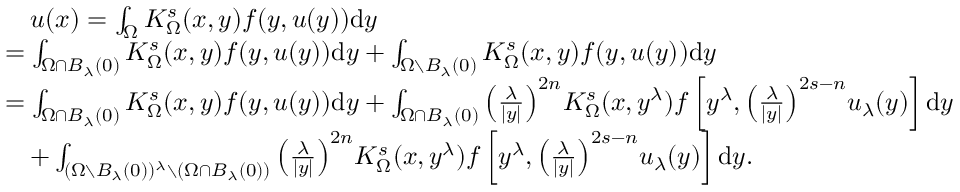
\begin{array} { r l } & { \quad u ( x ) = \int _ { \Omega } K _ { \Omega } ^ { s } ( x , y ) f ( y , u ( y ) ) \mathrm d y } \\ & { = \int _ { \Omega \cap B _ { \lambda } ( 0 ) } K _ { \Omega } ^ { s } ( x , y ) f ( y , u ( y ) ) \mathrm { d } y + \int _ { \Omega \setminus B _ { \lambda } ( 0 ) } K _ { \Omega } ^ { s } ( x , y ) f ( y , u ( y ) ) \mathrm d y } \\ & { = \int _ { \Omega \cap B _ { \lambda } ( 0 ) } K _ { \Omega } ^ { s } ( x , y ) f ( y , u ( y ) ) \mathrm d y + \int _ { \Omega \cap B _ { \lambda } ( 0 ) } { \left( \frac { \lambda } { | y | } \right) } ^ { 2 n } K _ { \Omega } ^ { s } ( x , y ^ { \lambda } ) f \left[ y ^ { \lambda } , { \left( \frac { \lambda } { | y | } \right) } ^ { 2 s - n } u _ { \lambda } ( y ) \right] \mathrm d y } \\ & { \quad + \int _ { ( \Omega \setminus B _ { \lambda } ( 0 ) ) ^ { \lambda } \setminus ( \Omega \cap B _ { \lambda } ( 0 ) ) } { \left( \frac { \lambda } { | y | } \right) } ^ { 2 n } K _ { \Omega } ^ { s } ( x , y ^ { \lambda } ) f \left[ y ^ { \lambda } , { \left( \frac { \lambda } { | y | } \right) } ^ { 2 s - n } u _ { \lambda } ( y ) \right] \mathrm d y . } \end{array}